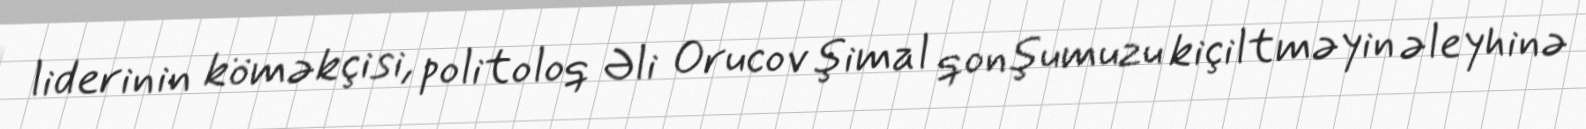
liderinin köməkçisi, politoloq Əli Orucov şimal qonşumuzu kiçiltməyin əleyhinə